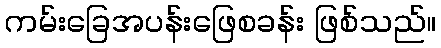
ကမ်းခြေအပန်းဖြေစခန်း ဖြစ်သည်။